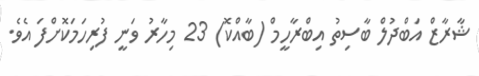
ޝާރާޒް އަބްދުލް ބާސިތު އިބްރާހީމް (ބާއްކޮ) 23 މިހާރު ވަނީ ފުރިހަމަކޮށްފަ އެވެ.